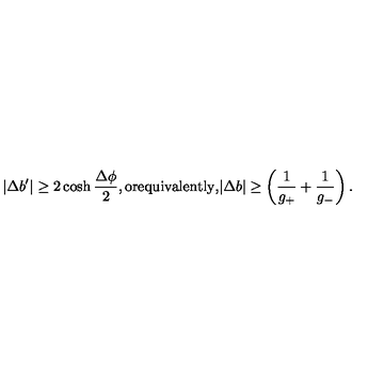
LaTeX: | \Delta b ^ { \prime } | \ge 2 \cosh { \frac { \Delta \phi } { 2 } } , \mathrm { o r e q u i v a l e n t l y , } | \Delta b | \ge \left( \frac { 1 } { g _ { + } } + \frac { 1 } { g _ { - } } \right) .